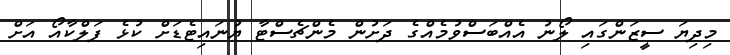
މިދިޔަ ސީޒަންގައި ލޯނު އެއްބަސްވުމެއްގެ ދަށުން މެންޗެސްޓާ ޔުނައިޓެޑަށް ކުޅެ ފަލްކާއޯ އަށް